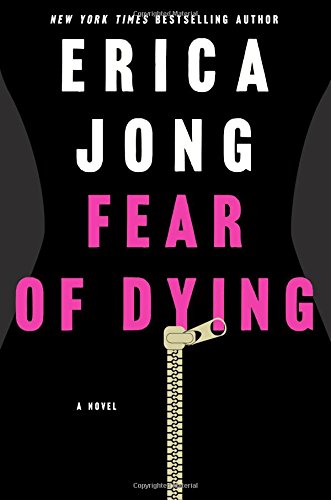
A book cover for Fear of Dying: A Novel; Erica Jong; Literature & Fiction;